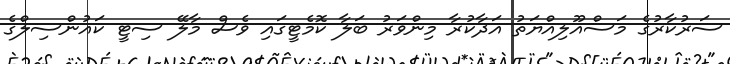
ސަރުކާރުގެ މަސްއޫލިއްޔަތު އަދާކުރާ މިންވަރު ބަލާ ކޮމެޓީގައި ވެސް މާލޭ ސިޓީ ކައުންސިލްގެ